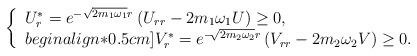
LaTeX: \begin{align*}\left\{\begin{array}{ll}U_r^*=e^{-\sqrt {2m_1\omega_1}r}\left(U_{rr}- 2m_1\omega_1 U\right)\geq0,\\begin{align*}0.5cm]V_r^*=e^{-\sqrt[]{2m_2\omega_2}r}\left(V_{rr}- 2m_2\omega_2 V\right)\geq0.\\\end{array}\right.\end{align*}